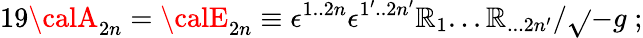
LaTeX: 19{\calA}_{2n}={\calE}_{2n}\equiv\epsilon^{1..2n}\epsilon^{1^{\prime}..2n^{\prime}}\mathbb{R}_{1}...\mathbb{R}_{...2n{^\prime}}/\sqrt{}{{-g}}\; ;